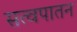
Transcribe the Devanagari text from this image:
सत्वपातन